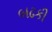
બઢકી